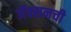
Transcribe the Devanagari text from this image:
जॅक्सनची